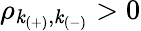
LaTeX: \rho_{\mathit{k}_{(+)},\mathit{k}_{(-)}}>0